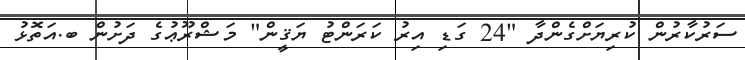
ސަރުކާރުން ކުރިޔަށްގެންދާ "24 ގަޑި އިރު ކަރަންޓު ޔަޤީން" މަޝްރޫޢުގެ ދަށުން ބ.އަތޮޅު